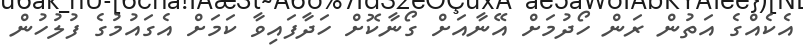
އެކެއްގެ އަތުން ރަން ހޯދުމަށް އޭނާއަށް ގޯނާކޮށް ހަދާފައިވާ ކަމަށް އެގައުމުގެ ފުލުހުން